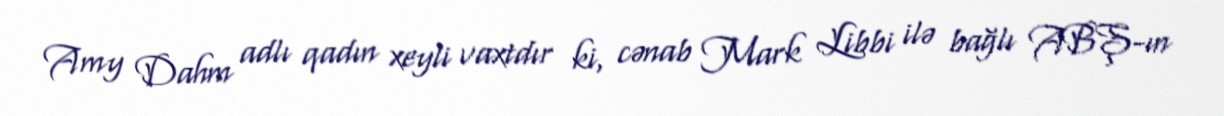
Amy Dahm adlı qadın xeyli vaxtdır ki, cənab Mark Libbi ilə bağlı ABŞ-ın